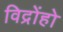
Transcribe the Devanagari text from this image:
विद्रोंहो